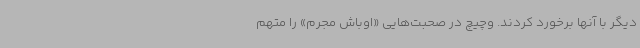
دیگر با آنها برخورد کردند. وچیچ در صحبت‌هایی «اوباش مجرم» را متهم